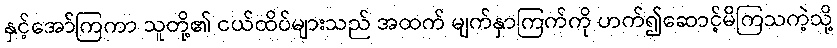
နှင့်အော်ကြကာ သူတို့၏ ငယ်ထိပ်များသည် အထက် မျက်နှာကြက်ကို ဟက်၍ဆောင့်မိကြသကဲ့သို့